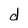
Character: d